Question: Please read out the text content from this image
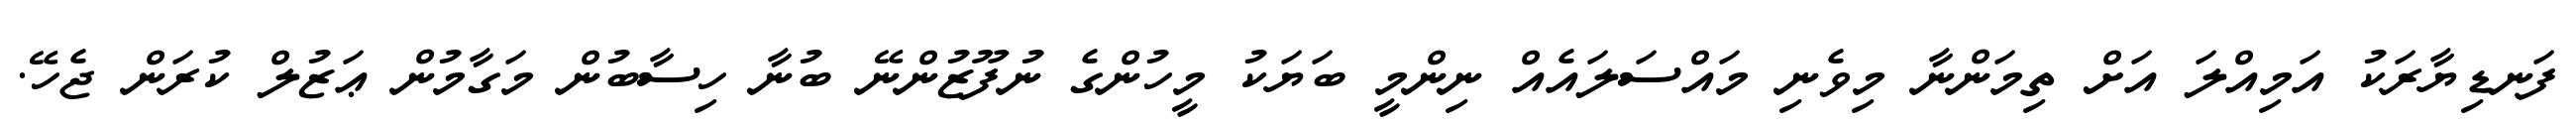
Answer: ފަނޑިޔާރަކު އަމިއްލަ އަށް ތިމަންނާ މިވެނި މައްސަލައެއް ނިންމީ ބަޔަކު މީހުންގެ ނުފޫޒުންނޭ ބުނާ ހިސާބުން މަގާމުން ޢަޒުލް ކުރަން ޖެހޭ.